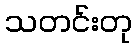
သတင်းတု